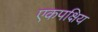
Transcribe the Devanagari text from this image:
एकपक्षिय